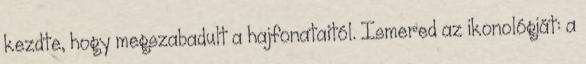
kezdte, hogy megszabadult a hajfonataitól. Ismered az ikonológiát: a